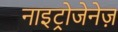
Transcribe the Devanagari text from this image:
नाइट्रोजेनेज़